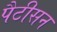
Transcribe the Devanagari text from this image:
पैटीसन